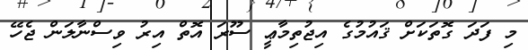
މި ފަދަ ގޮތަކަށް ޤައުމުގެ އިޖުތިމާޢީ ސޫރަ އޮތް އިރު ވިސްނާލަން ޖެހޭ